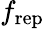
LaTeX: f_{\mathrm{rep}}